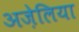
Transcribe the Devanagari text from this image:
अज़ेलिया